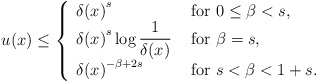
\begin{align*}u(x)\leq \left\lbrace\begin{array}{ll}\displaystyle{\delta(x)}^s &\hbox{ for }0\leq\beta< s, \\ \displaystyle{\delta(x)}^s\log\frac{1}{\delta(x)} & \hbox{ for }\beta=s,\\\displaystyle{\delta(x)}^{-\beta+2s} &\hbox{ for }s<\beta<1+s.\end{array}\right.\end{align*}